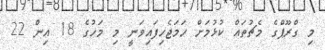
މި ގްރޫޕްގެ މެޗުތައް ކުޅުމަށް ހަމަޖެހިފައިވަނީ މި މަހުގެ 18 އިން 22